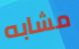
مشابه